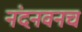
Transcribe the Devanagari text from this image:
नंदनवनच